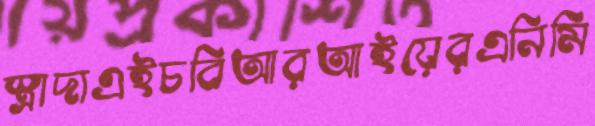
স্ত্রাদাএইচবিআরআইয়েরএনিমি